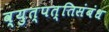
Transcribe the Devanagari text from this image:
व्युत्पत्तिसंबंध